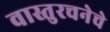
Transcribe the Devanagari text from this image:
वास्तुरचनेचे